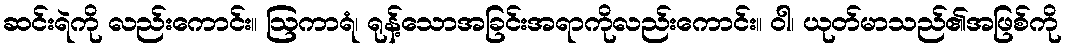
ဆင်းရဲကို လည်းကောင်း။ ဩကာရံ၊ ရုန့်သောအခြင်းအရာကိုလည်းကောင်း။ ဝါ၊ ယုတ်မာသည်၏အဖြစ်ကို